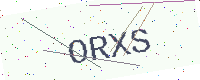
Text: ORXS